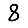
Digit: 8